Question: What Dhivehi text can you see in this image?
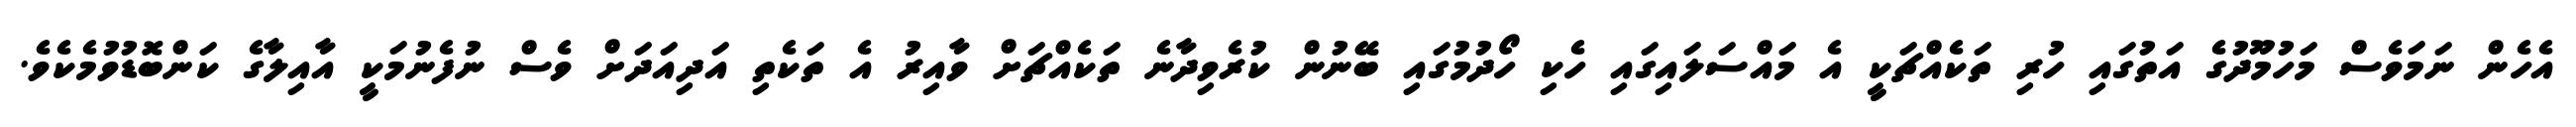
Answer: އެހެން ނަމަވެސް މަހުމޫދުގެ އަތުގައި ހުރި ތަކެއްޗަކީ އެ މައްސަލައިގައި ހެކި ހޯދުމުގައި ބޭނުން ކުރެވިދާނެ ތަކެއްޗަށް ވާއިރު އެ ތަކެތި އަދިއަދަށް ވެސް ނުފެނުމަކީ އާއިލާގެ ކަންބޮޑުވުމެކެވެ.